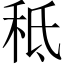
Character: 秪